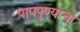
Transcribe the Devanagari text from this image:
पापपुण्याचा